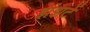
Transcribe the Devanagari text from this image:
झंझटें